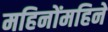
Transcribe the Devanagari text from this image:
महिनोंमहिने